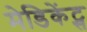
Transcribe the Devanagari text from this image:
मेडिकेंट्स